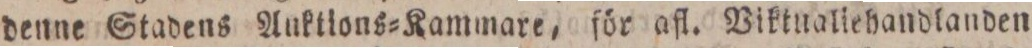
denne Stadens Auktions=Kammare, för afl. Viktualichandlanden